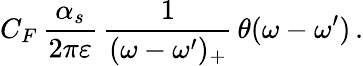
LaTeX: C_{F}\, \frac{\alpha_{s}}{2\pi\varepsilon}\, \frac{1}{(\omega-\omega^{\prime})_{+}}\, \theta(\omega-\omega^{\prime})\, .